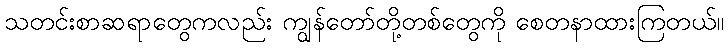
သတင်းစာဆရာတွေကလည်း ကျွန်တော်တို့တစ်တွေကို စေတနာထားကြတယ်။